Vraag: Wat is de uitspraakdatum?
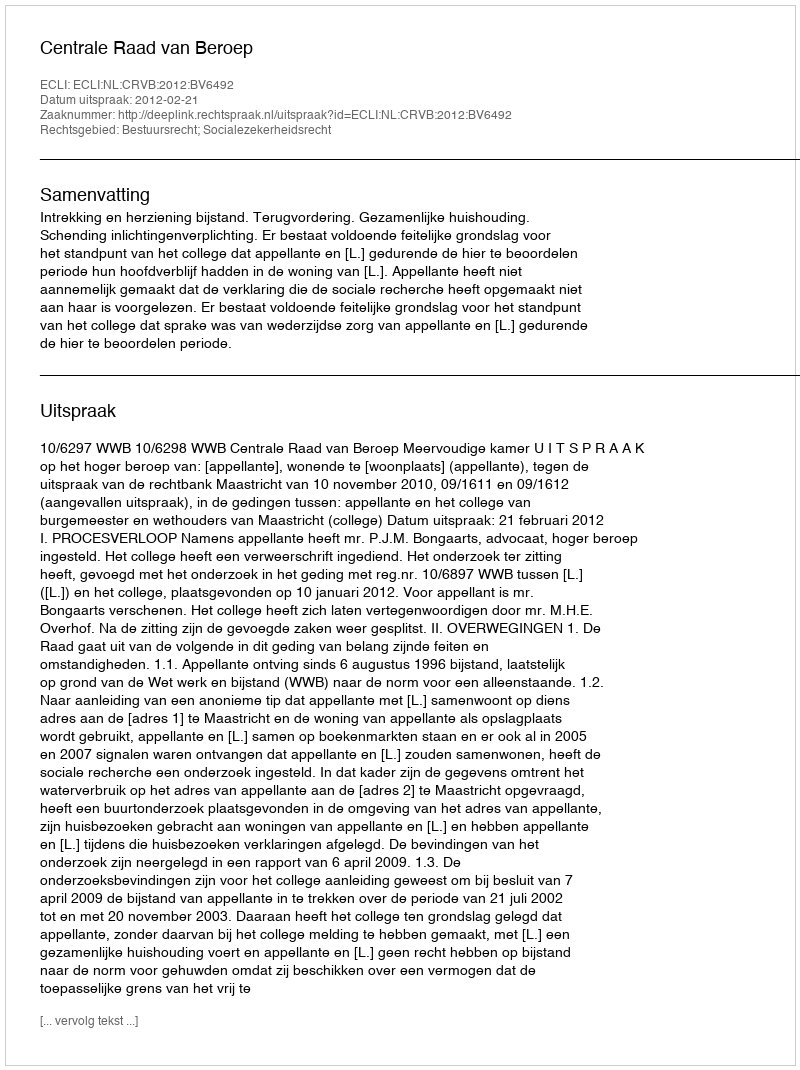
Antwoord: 2012-02-21